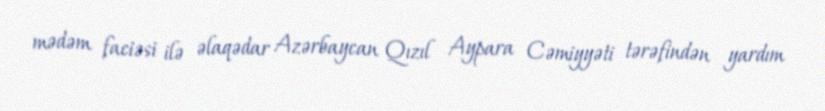
mədəm faciəsi ilə əlaqədar Azərbaycan Qızıl Aypara Cəmiyyəti tərəfindən yardım